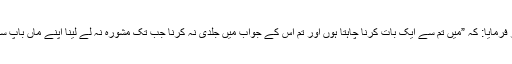
اور فرمایا: کہ ”میں تم سے ایک بات کرنا چاہتا ہوں اور تم اس کے جواب میں جلدی نہ کرنا جب تک مشورہ نہ لے لینا اپنے ماں باپ سے۔